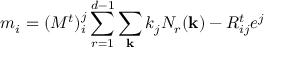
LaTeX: m _ { i } = ( M ^ { t } ) _ { i } ^ { j } \sum _ { r = 1 } ^ { d - 1 } \sum _ { \bf k } k _ { j } N _ { r } ( { \bf k } ) - R _ { i j } ^ { t } e ^ { j }